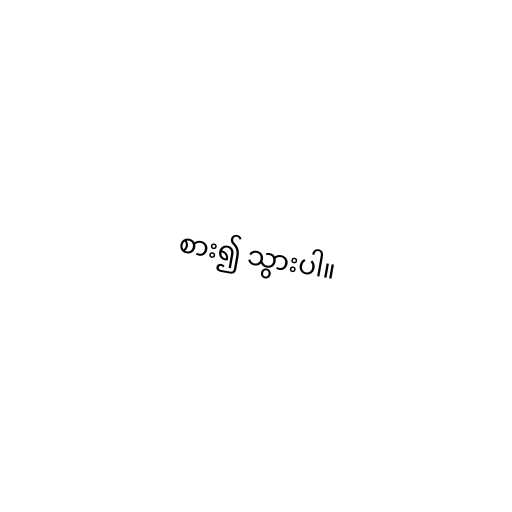
စား၍ သွားပါ။